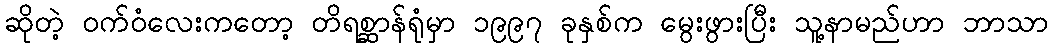
ဆိုတဲ့ ဝက်ဝံလေးကတော့ တိရစ္ဆာန်ရုံမှာ ၁၉၉၇ ခုနှစ်က မွေးဖွားပြီး သူ့နာမည်ဟာ ဘာသာ